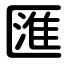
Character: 匯